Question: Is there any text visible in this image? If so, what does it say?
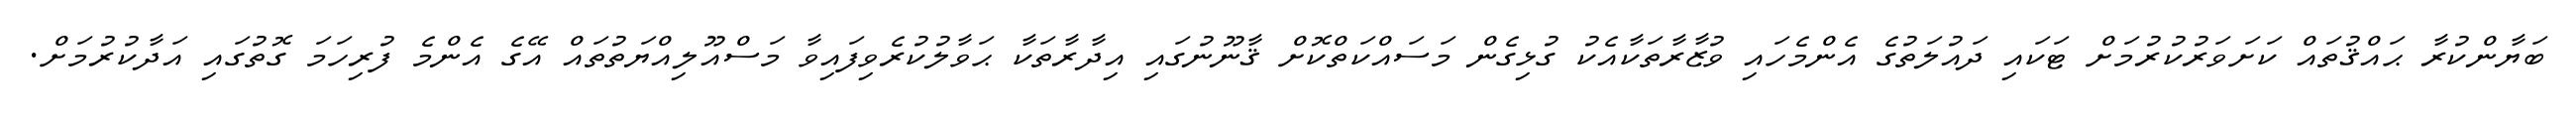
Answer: ބަޔާންކުރާ ޙައްޤުތައް ކަށަވަރުކުރުމަށް ޓަކައި ދައުލަތުގެ އެންމެހައި ވުޒާރާތަކާއެކު ގުޅިގެން މަސައްކަތްކޮށް ޤާނޫނުގައި އިދާރާތަކާ ޙަވާލުކުރެވިފައިވާ މަސްއޫލިއްޔަތުތައް އޭގެ އެންމެ ފުރިހަމަ ގޮތުގައި އަދާކުރުމަށް.